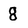
Character: 8